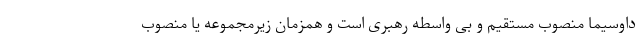
داوسیما منصوب مستقیم و بی واسطه رهبری است و همزمان زیرمجموعه یا منصوب